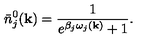
\bar { n } _ { j } ^ { 0 } ( { \bf k } ) = \frac { 1 } { { e } ^ { \beta _ { j } \omega _ { j } ( { \bf k } ) } + 1 } .